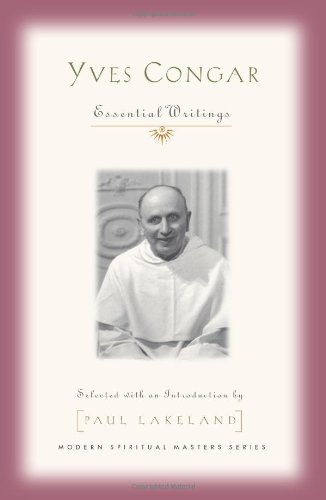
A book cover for Yves Congar: Essential Writings (Modern Spiritual Masters); Christian Books & Bibles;